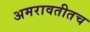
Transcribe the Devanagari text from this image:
अमरावतीतच